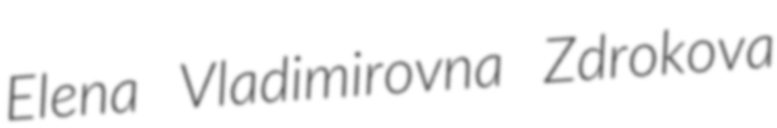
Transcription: Elena Vladimirovna Zdrokova